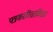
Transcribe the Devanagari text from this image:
पत्रकारिताविद्या